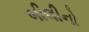
બીલીનો